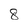
Character: 8